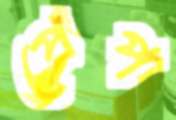
প্রেপ